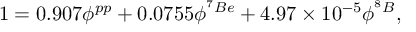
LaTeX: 1 = 0 . 9 0 7 \phi ^ { p p } + 0 . 0 7 5 5 \phi ^ { ^ 7 B e } + 4 . 9 7 \times 1 0 ^ { - 5 } \phi ^ { ^ 8 B } ,